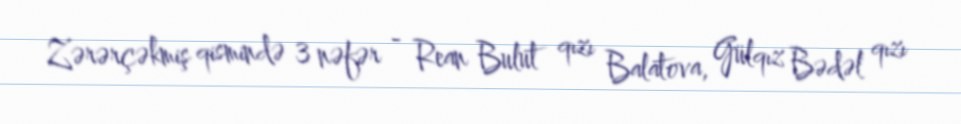
Zərərçəkmiş qismində 3 nəfər - Rean Bulut qızı Balatova, Gülqız Bədəl qızı